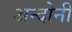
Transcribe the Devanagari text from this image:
अन्दोनी